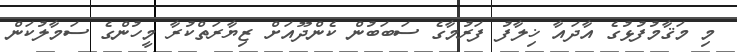
މި މަޤާމުފުޅުގެ އާދައާ ޚިލާފު ފަރުމާގެ ސަބަބުން ކެންދޫއަށް ޒިޔާރަތްކުރާ މީހުންގެ ސަމާލުކަން